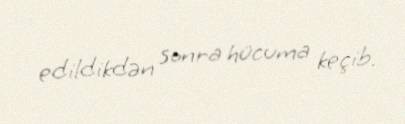
edildikdən sonra hücuma keçib.